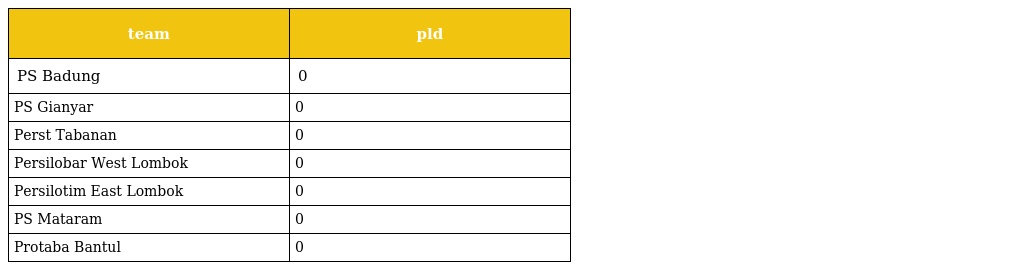
| team | pld |
 | --- | --- |
 | PS Badung | 0 |
 | PS Gianyar | 0 |
 | Perst Tabanan | 0 |
 | Persilobar West Lombok | 0 |
 | Persilotim East Lombok | 0 |
 | PS Mataram | 0 |
 | Protaba Bantul | 0 |